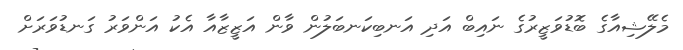
މެލޭޝިއާގެ ބޮޑުވަޒީރުގެ ނައިބް އަދި އަނބިކަނބަލުން ވާން އަޒީޒާއާ އެކު އަންވަރު ގަނޑުވަރަށް